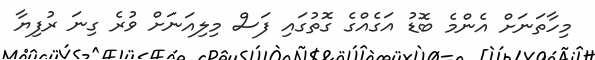
މިހާތަނަށް އެންމެ ބޮޑު އަގެއްގެ ގޮތުގައި ފަސް މިލިއަނަށް ވުރެ ގިނަ ރުފިޔާ